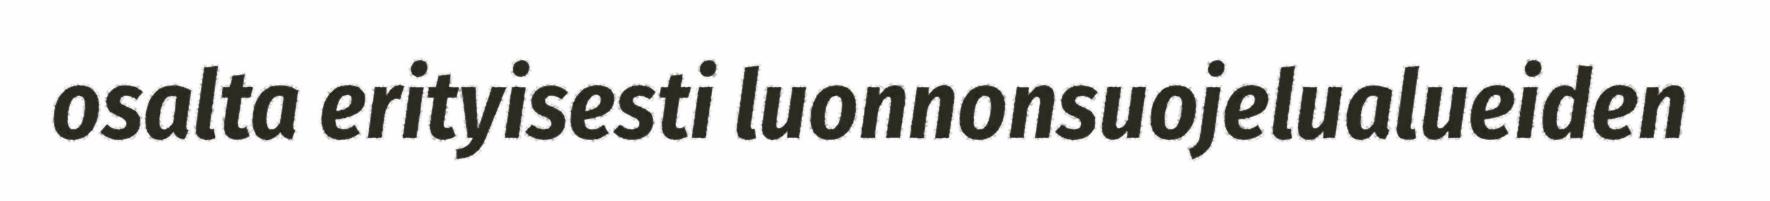
osalta erityisesti luonnonsuojelualueiden